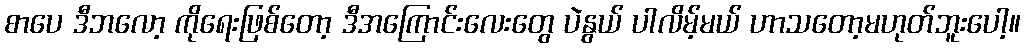
စာပေ ဒီဘလော့ ကိုရေးဖြစ်တော့ ဒီအကြောင်းလေးတွေ ပဲနွယ် ပါလိမ့်မယ် ဟာသတော့မဟုတ်ဘူးပေါ့။